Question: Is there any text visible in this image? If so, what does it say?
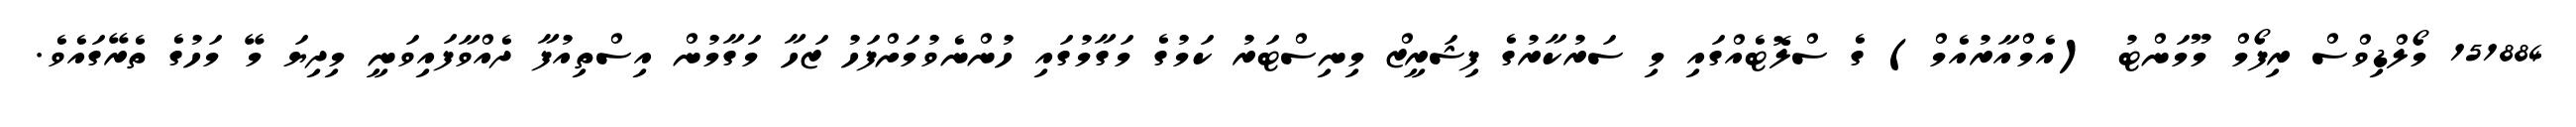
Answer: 151884 މޯލްޑިވްސް ރިފޯމް މޫމަންޓު (އެމްއާރުއެމް) ގެ ސްލޮޓެއްގައި މި ސަރުކާރުގެ ފިޝަރީޒް މިނިސްޓަރު ކަމުގެ މަގާމުގައި ހުންނެވުމަށްފަހު ޒަހާ މަގާމުން އިސްތިއުފާ ދެއްވާފައިވަނީ މިދިޔަ މޭ މަހުގެ ތެރޭގައެވެ.